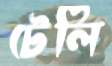
টেলি